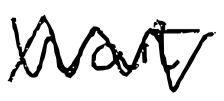
Text: Wait
Cross-out: zig-zag
Writing tool: digital_black